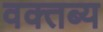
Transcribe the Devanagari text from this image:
वक्‍तब्‍य